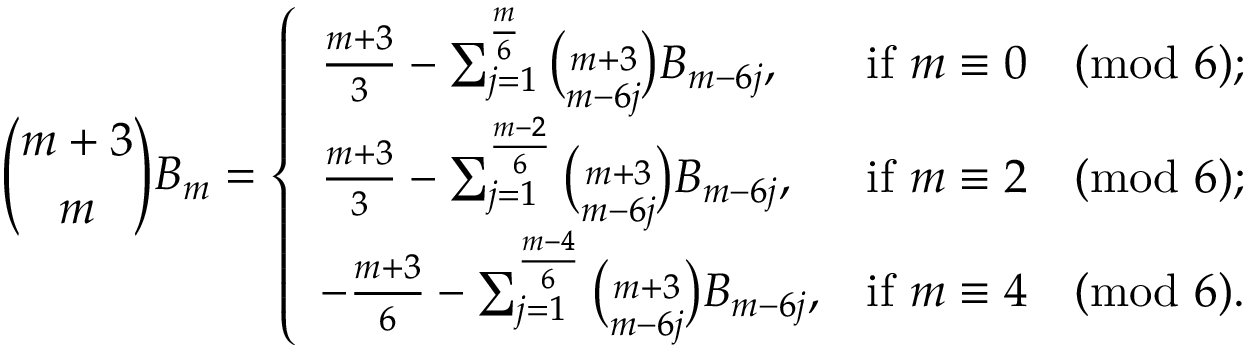
{ \binom { m + 3 } { m } } B _ { m } = { \left\{ \begin{array} { l l } { { \frac { m + 3 } { 3 } } - \sum _ { j = 1 } ^ { \frac { m } { 6 } } { \binom { m + 3 } { m - 6 j } } B _ { m - 6 j } , } & { { \mathrm { i f ~ } } m \equiv 0 { \pmod { 6 } } ; } \\ { { \frac { m + 3 } { 3 } } - \sum _ { j = 1 } ^ { \frac { m - 2 } { 6 } } { \binom { m + 3 } { m - 6 j } } B _ { m - 6 j } , } & { { \mathrm { i f ~ } } m \equiv 2 { \pmod { 6 } } ; } \\ { - { \frac { m + 3 } { 6 } } - \sum _ { j = 1 } ^ { \frac { m - 4 } { 6 } } { \binom { m + 3 } { m - 6 j } } B _ { m - 6 j } , } & { { \mathrm { i f ~ } } m \equiv 4 { \pmod { 6 } } . } \end{array} \right. }